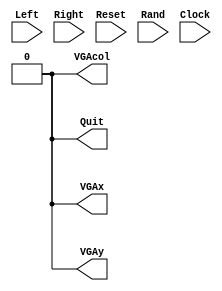
module BoatA(Left, Right, Reset, Rand, Clock, VGAx, VGAy, VGAcol, Quit);
	input Left;
	input Right;
	input Reset;
	input [15:0]Rand;
	input Clock;
	
	output VGAx;
	output VGAy;
	output VGAcol;
	output Quit;
	
	reg [21:0]ticks;
	reg [2:0]frames;
	
	parameter tperf = 22'd2; //3.125*10^6 ticks per frame - 2 ticks per frame while testing
	parameter fperb = 4'b1000; //8 frames per beat
	
	reg [1:0]position; //00:left; 01:centre; 10:right
	reg [1:0]direction; //0x:no movement; 10: right; 11: left
	reg [5:0]flcrew; //LSB: deck; MSB: water
	reg [5:0]mlcrew; //LSB: deck; MSB: water
	reg [5:0]mrcrew; //LSB: deck; MSB: water
	reg [5:0]frcrew; //LSB: deck; MSB: water
	reg [2:0]corpses;
	reg [2:0]leftvol; //crew in left boat;
	reg [2:0]rightvol; //crew in right boat;
	
	reg [9:0]score;
	reg [1:0]lives; //lives used
	
	always @ (posedge Clock) begin
		if (Reset) begin
			ticks = 0;
			frames = 0;
			position = 1;
			direction = 0;
			flcrew = 0;
			mlcrew = 0;
			mrcrew = 0;
			frcrew = 0;
			corpses = 0;
			leftvol = 0;
			rightvol = 0;
			score = 0;
			lives = 0;
		end else begin
			ticks = ticks + 1;
			if (ticks == tperf) begin //every frame
				ticks = 0;
				frames = frames + 1;
				if (direction[1]) begin //if input
					if (direction[0] && |position) begin //if left and position != 00
						position = position - 1; //move left
					end else if (~direction[0] && ~position[1]) begin //if right and position !=10
						position = position + 1; //move right
					end
					direction = 2'b00;
				end
				if (~|position) begin //empty boat and score
					score = score + leftvol;
					leftvol = 0;
				end else if (position[1]) begin
					score = score + rightvol;
					rightvol = 0;
				end
			end
			if (frames == fperb) begin //every beat
				frames = 0;
				corpses = 3'b000;
				if (flcrew[5]) begin //if crew about to fall in water
					if (position[0] && ~leftvol[2]) begin //if boat under crew && has room
						leftvol = leftvol + 1;
					end else begin
						lives = lives + 1;
						corpses = 3'b100;
					end
				end else if (mlcrew[5]) begin
					if (position[1] && ~leftvol[2]) begin
						leftvol = leftvol + 1;
					end else begin
						lives = lives + 1;
						corpses = 3'b101;
					end
				end else if (mrcrew[5]) begin
					if (~|position && ~rightvol[2]) begin
						rightvol = rightvol + 1;
					end else begin
						lives = lives + 1;
						corpses = 3'b110;
					end
				end else if (frcrew[5]) begin
					if (position[1] && ~rightvol[2]) begin
						rightvol = rightvol + 1;
					end else begin
						lives = lives + 1;
						corpses = 3'b111;
					end
				end
				flcrew = flcrew << 1; //move crew
				mlcrew = mlcrew << 1;
				mrcrew = mrcrew << 1;
				frcrew = frcrew << 1;
				case (Rand%4) //add crew
					0: flcrew[0] = 1;
					1: mlcrew[0] = 1;
					2: mrcrew[0] = 1;
					3: frcrew[0] = 1;
				endcase
			end //(frames == fperb)
			if (Left && ~Right) begin
				direction = 2'b11;
			end else if (Right && ~Left) begin
				direction = 2'b10;
			end
		end //always @ (posedge Clock)
	end
	
	assign VGAx = 0;
	assign VGAy = 0;
	assign VGAcol = 0;
	assign Quit = 0;
endmodule